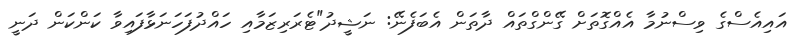
އައިއެސްގެ ވިސްނުމާ އެއްގޮތަށް ގޭންގްތައް ދާތަން އެބަފެނޭ: ނަޝީދު"ޓެރަރިޒަމާއި ހައްދުފަހަނަޅާފައިވާ ކަންކަން ދަނީ